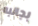
بجانبه